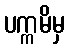
ပက္ကမိမှ